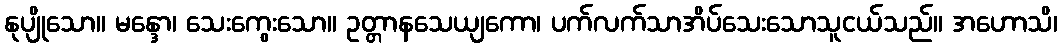
နုပျိုသော။ မန္ဒော၊ သေးကွေးသော။ ဥတ္တာနသေယျကော၊ ပက်လက်သာအိပ်သေးသောသူငယ်သည်။ အဟောသိ၊